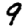
Digit: 9